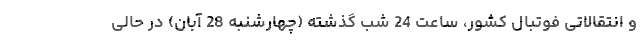
و انتقالاتی فوتبال کشور، ساعت 24 شب گذشته (چهارشنبه 28 آبان) در حالی